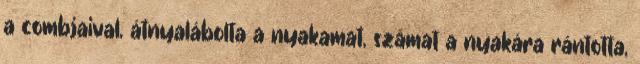
a combjaival, átnyalábolta a nyakamat, számat a nyakára rántotta,